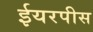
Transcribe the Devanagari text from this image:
ईयरपीस